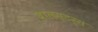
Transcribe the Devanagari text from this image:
बोलस्टर्स